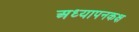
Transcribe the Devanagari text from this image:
अध्यापनकक्ष